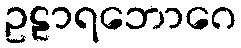
ဥဠာရဘောဂေ